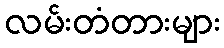
လမ်းတံတားများ